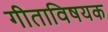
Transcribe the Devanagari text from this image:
गीताविषयक